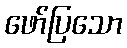
ဖော်ပြသော